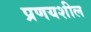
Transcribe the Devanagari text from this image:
प्रणयशील